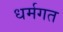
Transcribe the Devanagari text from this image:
धर्मगत